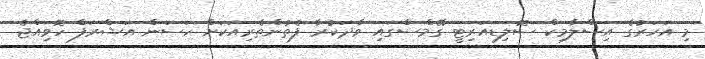
މި އަހަރުގެ އިސްލާމިކް ސޮލިޑިއަރިޓީ ގޭމްސްގައި ވާދަކުރާ ފެތުންތެރިއަކަށް ހަސަން އަޝްރަފް ހޮވިއްޖެ